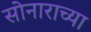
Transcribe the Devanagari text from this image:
सोनाराच्या